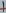
Text: 7